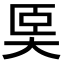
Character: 𡘡